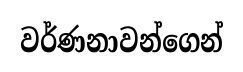
වර්ණනාවන්ගෙන්